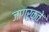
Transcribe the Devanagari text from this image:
जागरुकते